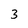
Character: 3